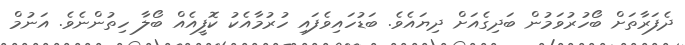
ދެފަރާތަށް ބޯހުރުވަމުން ބަދިގެއަށް ދިޔައެވެ. ބަޑުހައިވެފައި ހުރުމާއެކު ކޮފީއެއް ބޯލާ ހިތުންނެވެ. އަނުމް